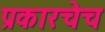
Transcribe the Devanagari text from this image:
प्रकारचेच